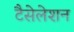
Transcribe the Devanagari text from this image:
टैसेलेशन